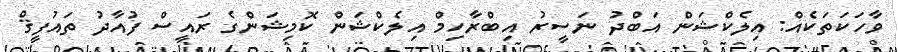
ވާހަކަތަކެއް: އިލެކްޝަން އަބްދު ނަސީރު އިބްރާހިމް އިލެކްޝަން ކޮމިޝަންގެ ރައީސް ފުއާދު ތައުފީޤް